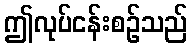
ဤလုပ်ငန်းစဉ်သည်